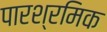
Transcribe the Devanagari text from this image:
पारश्रमिक